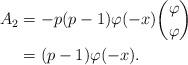
LaTeX: \begin{align*}A_2&=-p(p-1)\varphi(-x){\varphi\choose\varphi}\\&=(p-1)\varphi(-x).\end{align*}